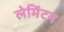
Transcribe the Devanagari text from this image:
लेमिंटन